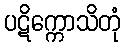
ပဋိက္ကောသိတုံ